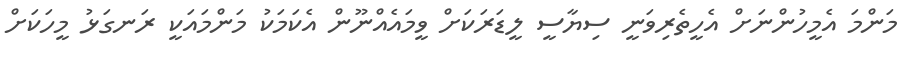
މަންމަ އެމީހުންނަށް އެހީތެރިވަނީ ސިޔާސީ ލީޑަރަކަށް ވީމައެއްނޫން އެކަމަކު މަންމައަކީ ރަނގަޅު މީހަކަށް